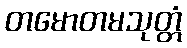
တမောတမသုတ္တံ